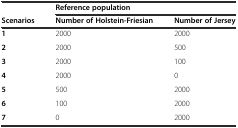
<table><thead><tr><td></td><td colspan="2"><b>Reference population</b></td></tr><tr><td><b>Scenarios</b></td><td><b>Number of Holstein-Friesian</b></td><td><b>Number of Jersey</b></td></tr></thead><tbody><tr><td><b>1</b></td><td>2000</td><td>2000</td></tr><tr><td><b>2</b></td><td>2000</td><td>500</td></tr><tr><td><b>3</b></td><td>2000</td><td>100</td></tr><tr><td><b>4</b></td><td>2000</td><td>0</td></tr><tr><td><b>5</b></td><td>500</td><td>2000</td></tr><tr><td><b>6</b></td><td>100</td><td>2000</td></tr><tr><td><b>7</b></td><td>0</td><td>2000</td></tr></tbody></table>